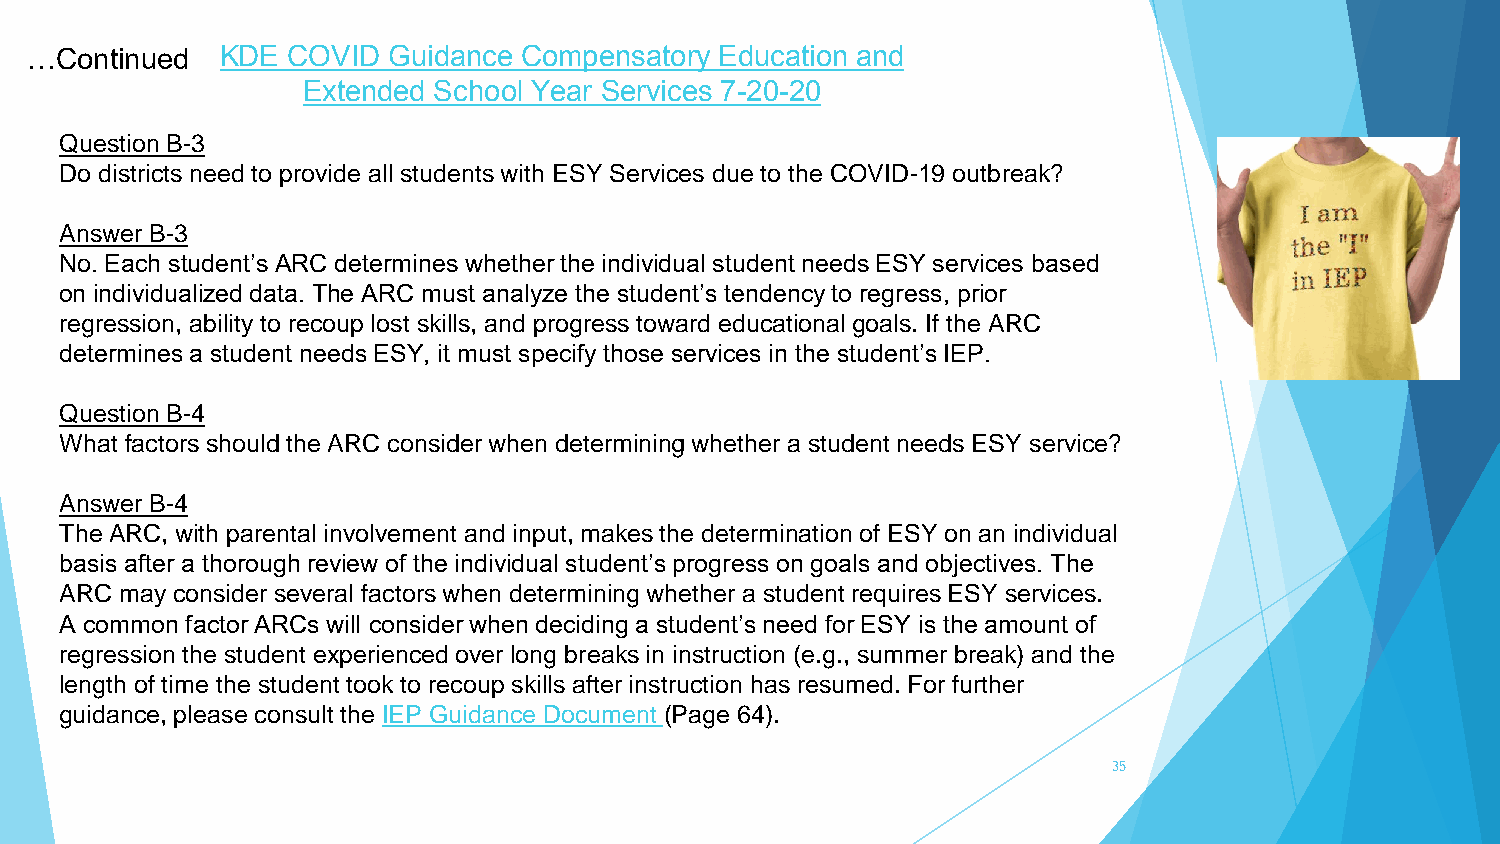
…Continued   KDE COVID  Guidance Compensatory Education and
 Extended School Year Services 7-20-20
 Question B-3
 Do districts need to provide all students with ESY Services due to the COVID-19 outbreak?
 Answer B-3
 No. Each student’s ARC determines whether the individual student needs ESY services based
 on individualized data. The ARC must analyze the student’s tendency to regress, prior
 regression, ability to recoup lost skills, and progress toward educational goals. If the ARC
 determines a student needs ESY, it must specify those services in the student’s IEP.
 Question B-4
 What factors should the ARC consider when determining whether a student needs ESY service?
 Answer B-4
 The ARC, with parental involvement and input, makes the determination of ESY on an individual
 basis after a thorough review of the individual student’s progress on goals and objectives. The
 ARC may consider several factors when determining whether a student requires ESY services.
 A common factor ARCs will consider when deciding a student’s need for ESY is the amount of
 regression the student experienced over long breaks in instruction (e.g., summer break) and the
 length of time the student took to recoup skills after instruction has resumed. For further
 guidance, please consult the IEP Guidance Document (Page 64).
 35